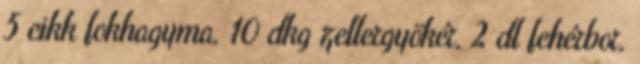
5 cikk fokhagyma, 10 dkg zellergyökér, 2 dl fehérbor,